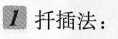
1扦插法：